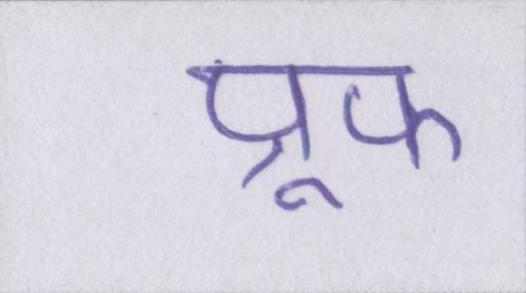
प्रूफ